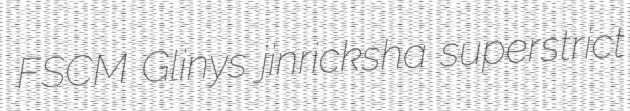
FSCM Glinys jinricksha superstrict